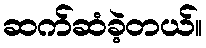
ဆက်ဆံခဲ့တယ်။